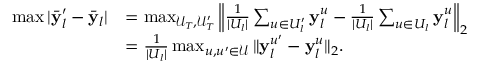
\begin{array} { r l } { \operatorname* { m a x } | \bar { \mathbf { y } } _ { l } ^ { \prime } - \bar { \mathbf { y } } _ { l } | } & { = \operatorname* { m a x } _ { \mathcal { U } _ { T } , \mathcal { U } _ { T } ^ { \prime } } \left\Vert \frac { 1 } { | U _ { l } | } \sum _ { u \in U _ { l } ^ { \prime } } { \mathbf { y } } _ { l } ^ { u } - \frac { 1 } { | U _ { l } | } \sum _ { u \in U _ { l } } \mathbf { y } _ { l } ^ { u } \right\Vert _ { 2 } } \\ & { = \frac { 1 } { | U _ { l } | } \operatorname* { m a x } _ { u , u ^ { \prime } \in \mathcal { U } } \Vert \mathbf { y } _ { l } ^ { u ^ { \prime } } - \mathbf { y } _ { l } ^ { u } \Vert _ { 2 } . } \end{array}